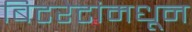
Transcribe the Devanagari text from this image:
बिटरेटांमधून